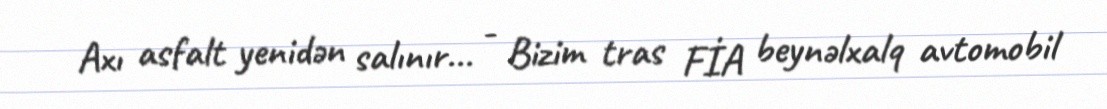
Axı asfalt yenidən salınır... - Bizim tras FİA beynəlxalq avtomobil